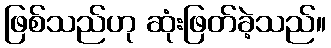
ဖြစ်သည်ဟု ဆုံးဖြတ်ခဲ့သည်။